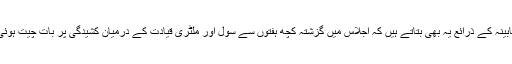
کابینہ کے ذرائع یہ بھی بتاتے ہیں کہ اجلاس میں گزشتہ کچھ ہفتوں سے سول اور ملٹری قیادت کے درمیان کشیدگی پر بات چیت ہوئی۔